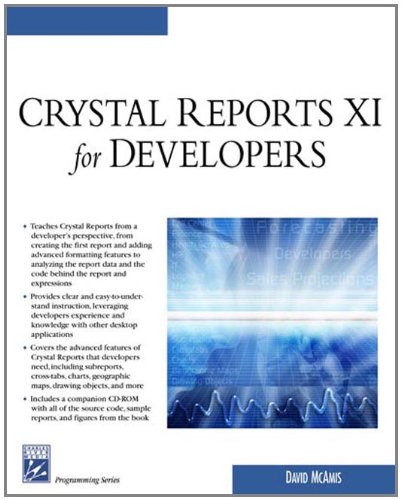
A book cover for Crystal Reports XI for Developers; David McAmis; Computers & Technology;